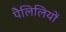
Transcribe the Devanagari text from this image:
पैलिलियों